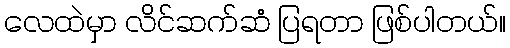
လေထဲမှာ လိင်ဆက်ဆံ ပြရတာ ဖြစ်ပါတယ်။